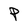
Character: P